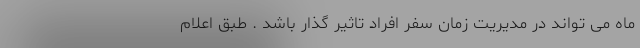
ماه می تواند در مدیریت زمان سفر افراد تاثیر گذار باشد . طبق اعلام